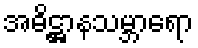
အဓိဋ္ဌာနသမ္ဘာရော